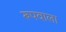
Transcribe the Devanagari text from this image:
रूपवाला